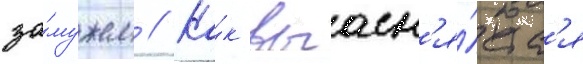
за́мужем // Ка́к выасн'я́етс'я